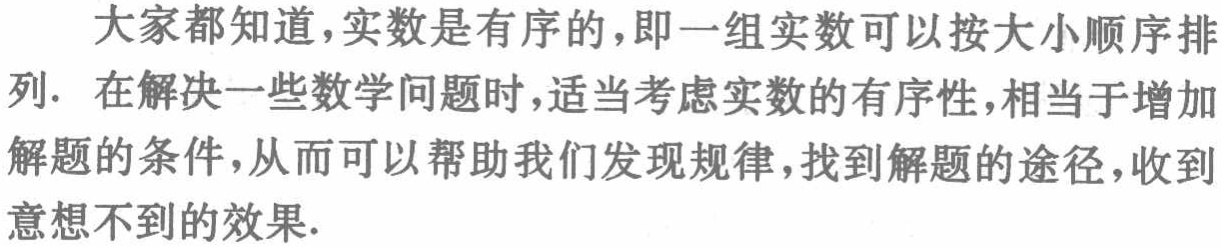
大家都知道，实数是有序的，即一组实数可以按大小顺序排列. 在解决一些数学问题时，适当考虑实数的有序性，相当于增加解题的条件，从而可以帮助我们发现规律，找到解题的途径，收到意想不到的效果.